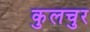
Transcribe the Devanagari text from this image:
कुलचुर